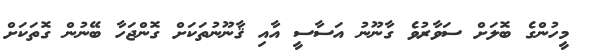
މީހުންގެ ބޮލަށް ސަވާރުވެ ގާނޫނު އަސާސީ އާއި ޤާނޫނުތަކަށް ގޮންޖަހާ ބޭނުން ގޮތަކަށް